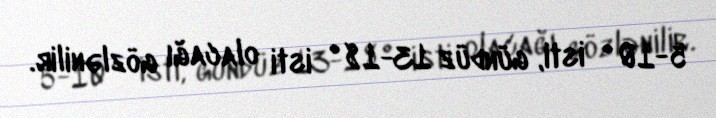
5-10° isti, gündüz 13-18° isti olacağı gözlənilir.